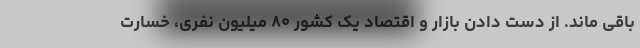
باقی ماند. از دست دادن بازار و اقتصاد یک کشور ۸۰ میلیون نفری، خسارت